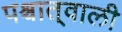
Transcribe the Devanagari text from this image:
पश्चात्‌वाली